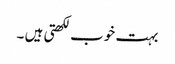
بہت خوب لکھتی ہیں ۔